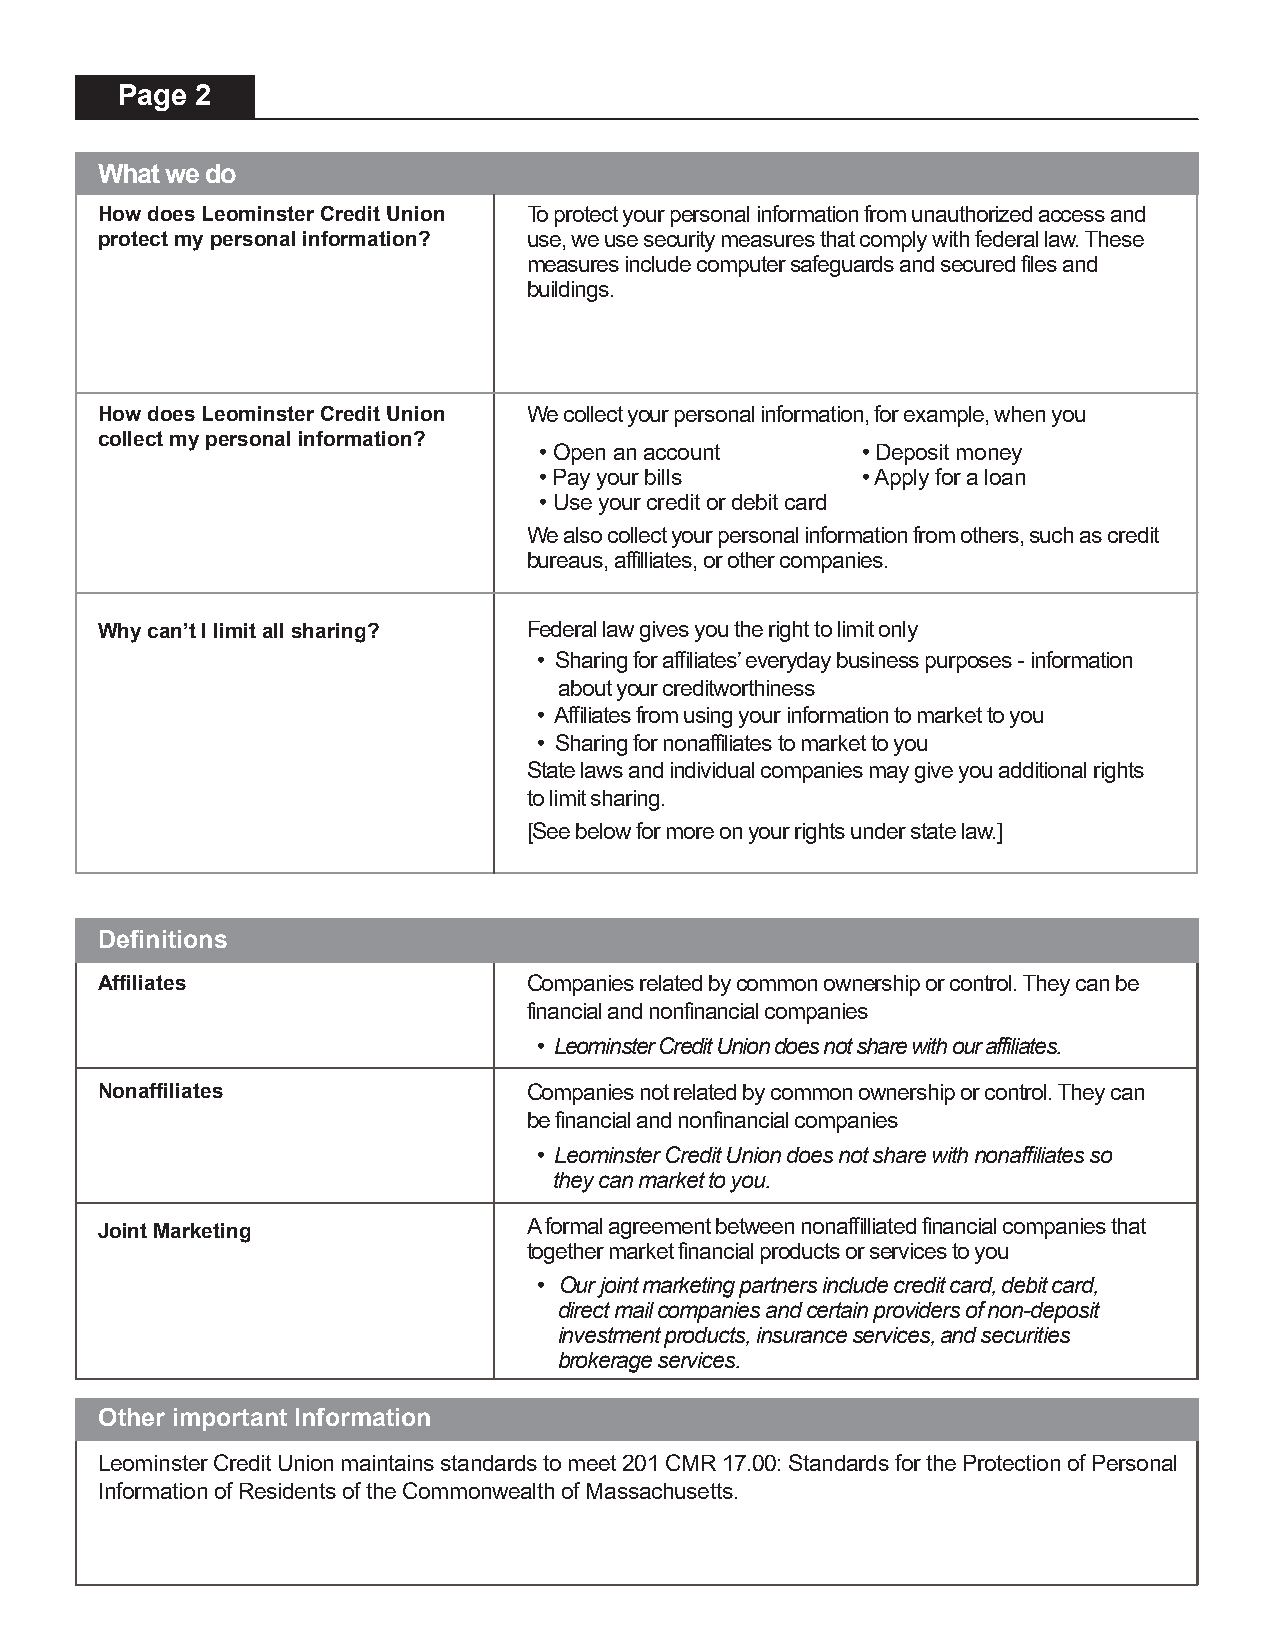
Page 2
 What we do
 How does Leominster Credit Union To protect your personal information from unauthorized access and
 protect my personal information? use, we use security measures that comply with federal law. These
 measures include computer safeguards and secured files and
 buildings.
 How does Leominster Credit Union We collect your personal information, for example, when you
 collect my personal information?
 • Open an account    • Deposit money
 • Pay your bills     • Apply for a loan
 • Use your credit or debit card
 We also collect your personal information from others, such as credit
 bureaus, affilliates, or other companies.
 Why can’t I limit all sharing? Federal law gives you the right to limit only
 • Sharing for affiliates’ everyday business purposes - information
 about your creditworthiness
 • Affiliates from using your information to market to you
 • Sharing for nonaffiliates to market to you
 State laws and individual companies may give you additional rights
 to limit sharing.
 [See below for more on your rights under state law.]
 Definitions
 Affiliates                  Companies related by common ownership or control. They can be
 financial and nonfinancial companies
 • Leominster Credit Union does not share with our affiliates.
 Nonaffiliates               Companies not related by common ownership or control. They can
 be financial and nonfinancial companies
 • Leominster Credit Union does not share with nonaffiliates so
 they can market to you.
 A formal agreement between nonaffilliated financial companies that
 Joint Marketing
 together market financial products or services to you
 • Our joint marketing partners include credit card, debit card,
 direct mail companies and certain providers of non-deposit
 investment products, insurance services, and securities
 brokerage services.
 Other important Information
 Leominster Credit Union maintains standards to meet 201 CMR 17.00: Standards for the Protection of Personal
 Information of Residents of the Commonwealth of Massachusetts.